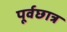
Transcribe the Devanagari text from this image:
पूर्वछात्र